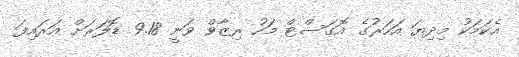
އެކަމަކު މިދިޔަ އަހަރުގެ އޮގަސްޓް މަހު ރިޒާވް ވަނީ 9.18 ޑޮލަރަށް އަރައިފަ